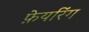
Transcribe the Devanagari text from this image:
फ़ेयरिंग